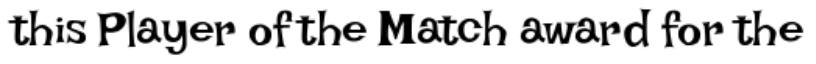
this Player of the Match award for the